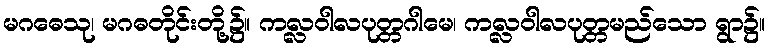
မဂဓေသု၊ မဂဓတိုင်းတို့၌။ ကလ္လဝါလပုတ္တဂါမေ၊ ကလ္လဝါလပုတ္တမည်သော ရွာ၌။